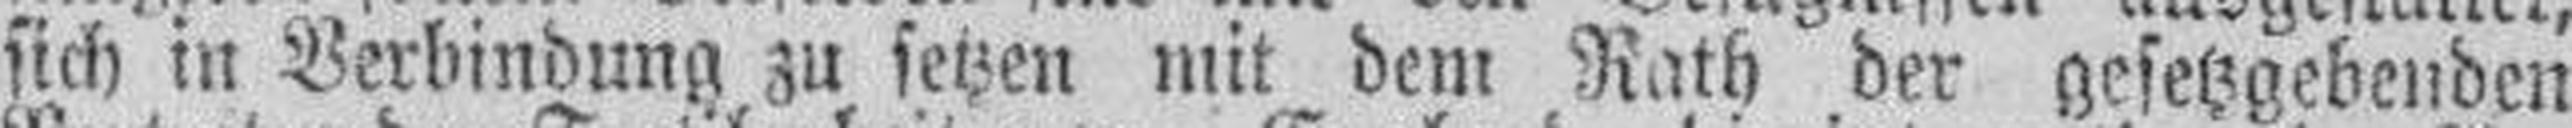
sich in Verbindung zu setzen mit dem Rath der gesetzgebenden